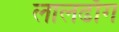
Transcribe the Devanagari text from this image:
लालढाँग